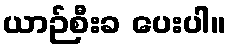
ယာဉ်စီးခ ပေးပါ။